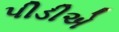
પીડીએ